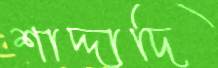
শাদ্দাদি